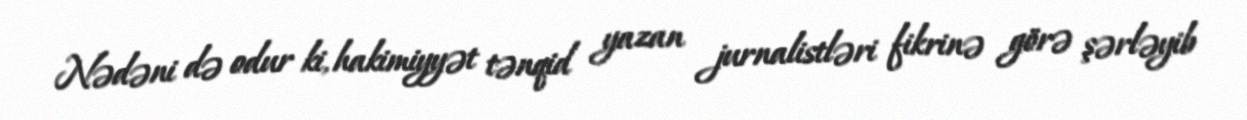
Nədəni də odur ki, hakimiyyət tənqid yazan jurnalistləri fikrinə görə şərləyib